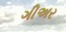
ગીઅર